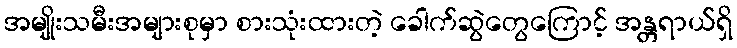
အမျိုးသမီးအများစုမှာ စားသုံးထားတဲ့ ခေါက်ဆွဲတွေကြောင့် အန္တရာယ်ရှိ